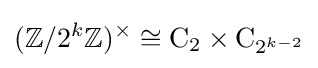
(\mathbb {Z} /2^{k}\mathbb {Z} )^{\times }\cong \mathrm {C} _{2}\times \mathrm {C} _{2^{k-2}}